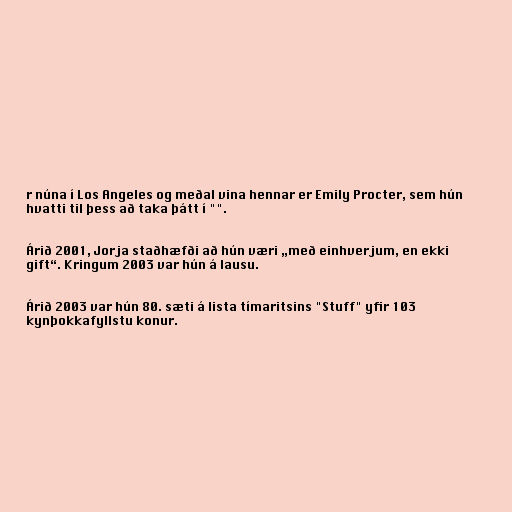
r núna í Los Angeles og meðal vina hennar er Emily Procter, sem hún
hvatti til þess að taka þátt í "".

Árið 2001, Jorja staðhæfði að hún væri „með einhverjum, en ekki
gift“. Kringum 2003 var hún á lausu.

Árið 2003 var hún 80. sæti á lista tímaritsins "Stuff" yfir 103
kynþokkafyllstu konur.